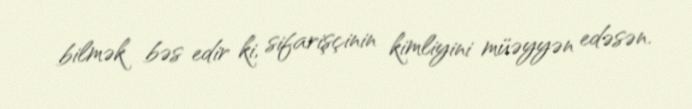
bilmək bəs edir ki, sifarişçinin kimliyini müəyyən edəsən.